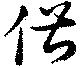
俶